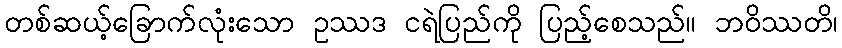
တစ်ဆယ့်ခြောက်လုံးသော ဥဿဒ ငရဲပြည်ကို ပြည့်စေသည်။ ဘဝိဿတိ၊